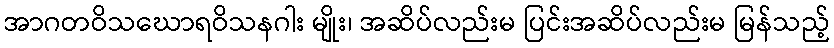
အာဂတဝိသဃောရဝိသနဂါး မျိုး၊ အဆိပ်လည်းမ ပြင်းအဆိပ်လည်းမ မြန်သည့်